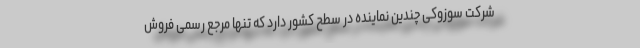
شرکت سوزوکی چندین نماینده در سطح کشور دارد که تنها مرجع رسمی فروش